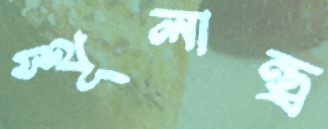
স্থূলান্ত্র